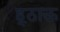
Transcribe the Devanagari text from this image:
ह्ठाऊ